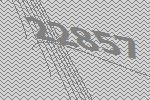
22857